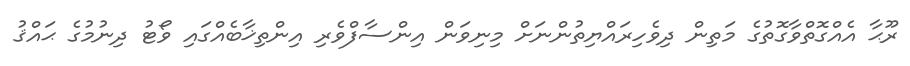
ރޫޙާ އެއްގޮތްވާގޮތުގެ މަތިން ދިވެހިރައްޔިތުންނަށް މިނިވަން އިންސާފްވެރި އިންތިޚާބެއްގައި ވޯޓު ދިނުމުގެ ޙައްޤު